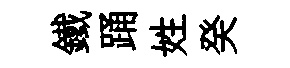
鐵踊姓癸